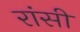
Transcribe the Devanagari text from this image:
रांसी